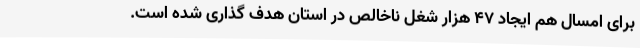
برای امسال هم ایجاد 47 هزار شغل ناخالص در استان هدف گذاری شده است.